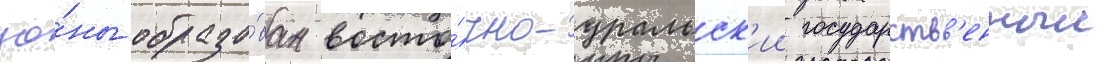
зо́ны образо́ван восто́чно-уральск'ии государств'енныи